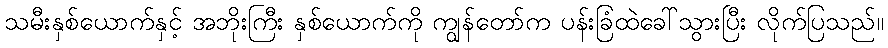
သမီးနှစ်ယောက်နှင့် အဘိုးကြီး နှစ်ယောက်ကို ကျွန်တော်က ပန်းခြံထဲခေါ်သွားပြီး လိုက်ပြသည်။